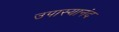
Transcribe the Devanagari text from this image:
उपास्यानंद